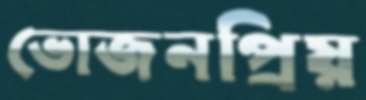
ভোজনপ্রিয়